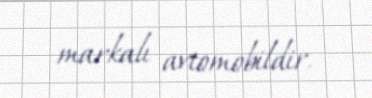
markalı avtomobildir.